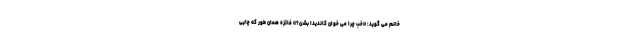
خانم می گوید: «خب چرا می خوان کاندیدا بشن؟» فائزه همان طور که چایی